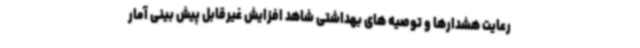
رعایت هشدارها و توصیه های بهداشتی شاهد افزایش غیرقابل پیش بینی آمار